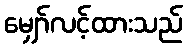
မျှော်လင့်ထားသည်